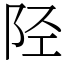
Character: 陉